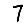
Digit: 7